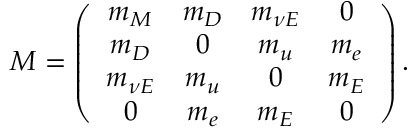
M = \left( \begin{array} { c c c c } { { m _ { M } } } & { { m _ { D } } } & { { m _ { \nu E } } } & { { 0 } } \\ { { m _ { D } } } & { { 0 } } & { { m _ { u } } } & { { m _ { e } } } \\ { { m _ { \nu E } } } & { { m _ { u } } } & { { 0 } } & { { m _ { E } } } \\ { { 0 } } & { { m _ { e } } } & { { m _ { E } } } & { { 0 } } \end{array} \right) .